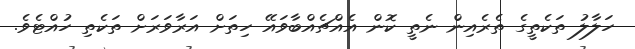
ހަލާލު ތަކެތީގެ ތެރެއިން ނެތީ ކޮން އެއްޗެއްބާވައޭ ހިތަށް އަރާވަރަށް ތަކެތި ހުއްޓެވެ.